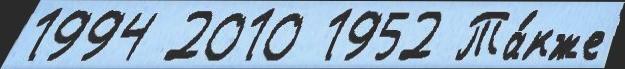
1994 2010 1952 Та́кже